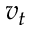
v _ { t }